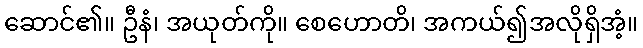
ဆောင်၏။ ဦနံ၊ အယုတ်ကို။ စေဟောတိ၊ အကယ်၍အလိုရှိအံ့။